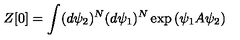
Z [ 0 ] = \int ( d \psi _ { 2 } ) ^ { N } ( d \psi _ { 1 } ) ^ { N } \exp { \left( \psi _ { 1 } A \psi _ { 2 } \right) }